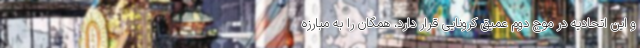
و این اتحادیه در موج دوم عمیق کرونایی قرار دارد، همگان را به مبارزه